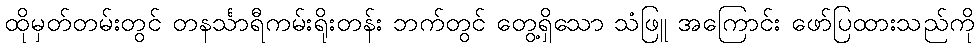
ထိုမှတ်တမ်းတွင် တနင်္သာရီကမ်းရိုးတန်း ဘက်တွင် တွေ့ရှိသော သံဖြူ အကြောင်း ဖော်ပြထားသည်ကို